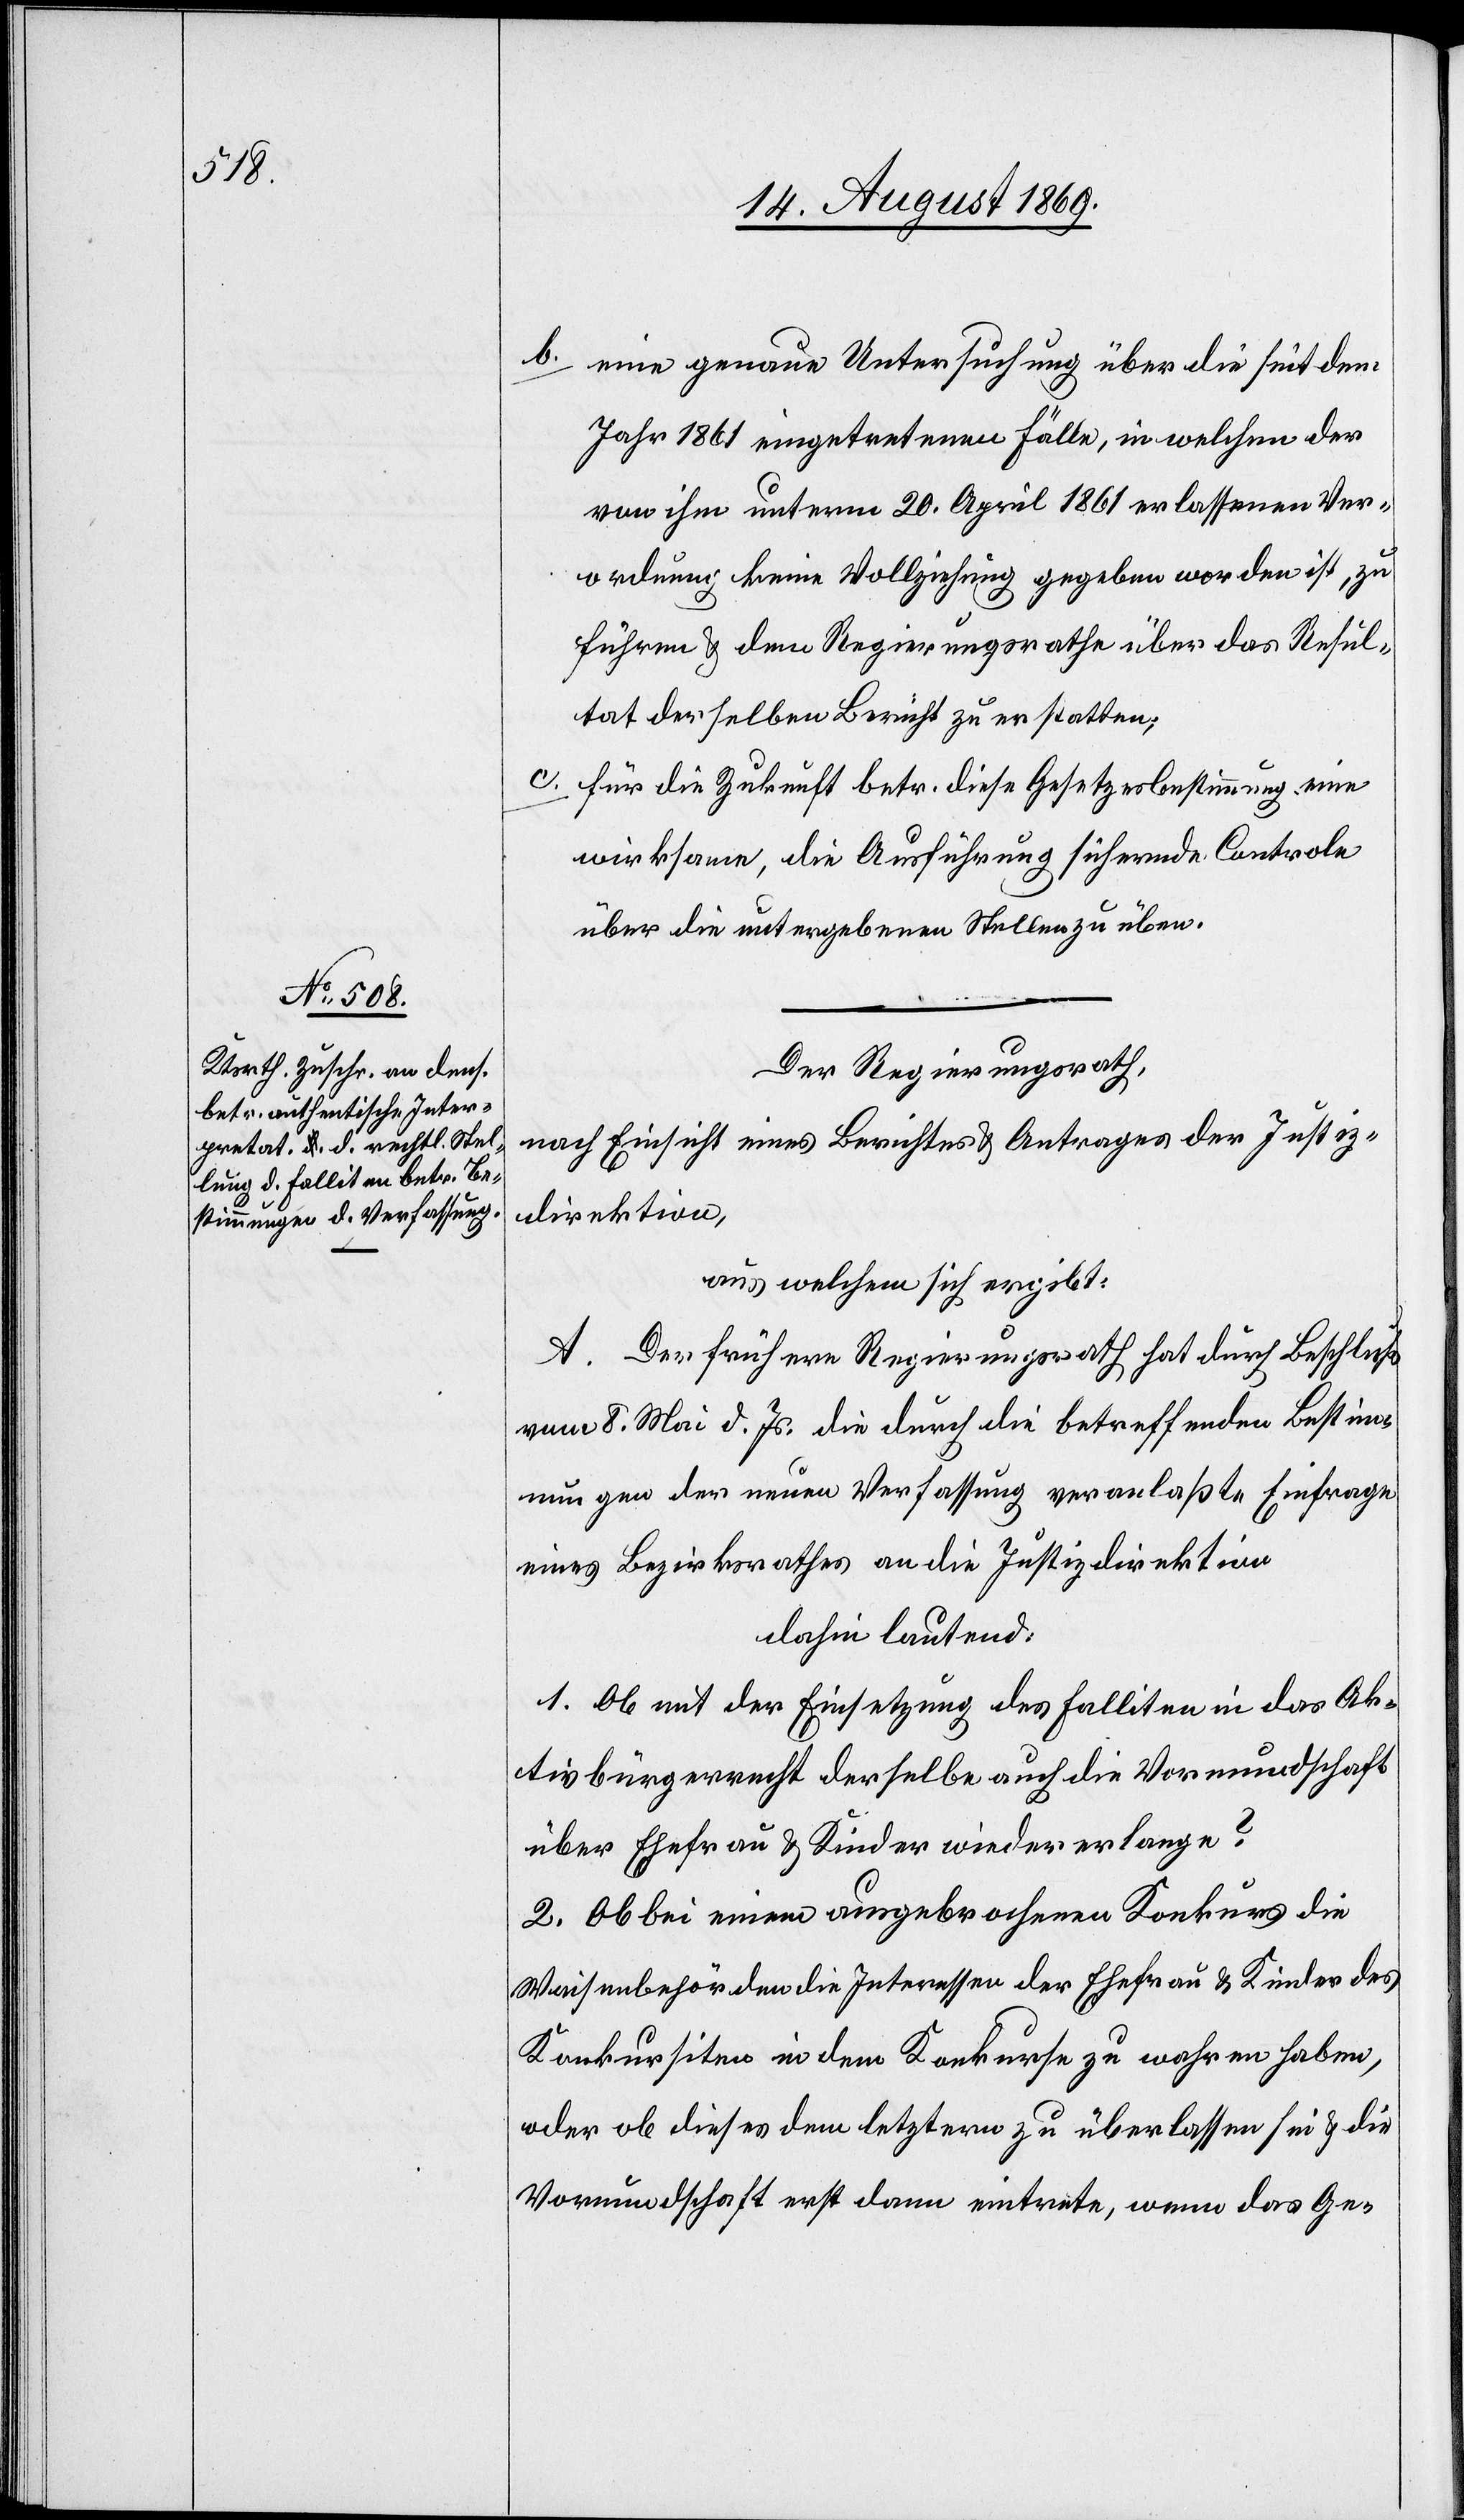
b. eine genaue Untersuchung über die seit dem
Jahr 1861 eingetretenen Fälle, in welchen der
von ihm unterm 20. April 1861 erlassenen Ver¬
ordnung keine Vollziehung gegeben worden ist, zu
führen & dem Regierungsrathe über das Resul¬
tat derselben Bericht zu erstatten;
c. für die Zukunft betr. diese Gesetzesbestimmung eine
wirksame, die Ausführung sichernde Controle
über die untergebenen Stellen zu üben.
Der Regierungsrath,
nach Einsicht eines Berichtes & Antrages der Justiz¬
direktion,
aus welchem sich ergibt:
A. Der frühere Regierungsrath hat durch Beschluß
vom 8. Mai d. Js. die durch die betreffenden Bestim¬
mungen der neuen Verfassung veranlaßte Einfrage
eines Bezirksrathes an die Justizdirektion
dahin lautend:
1. Ob mit der Einsetzung des Falliten in das Ak¬
tivbürgerrecht derselbe auch die Vormundschaft
über Ehefrau & Kinder wieder erlange?
2. Ob bei einem ausgebrochenen Konkurs die
Waisenbehörden die Interessen der Ehefrau & Kinder des
Konkursiten in dem Konkurse zu wahren haben,
oder ob dieses dem letztern zu überlassen sei & die
Vormundschaft erst dann eintrete, wenn das Ge-